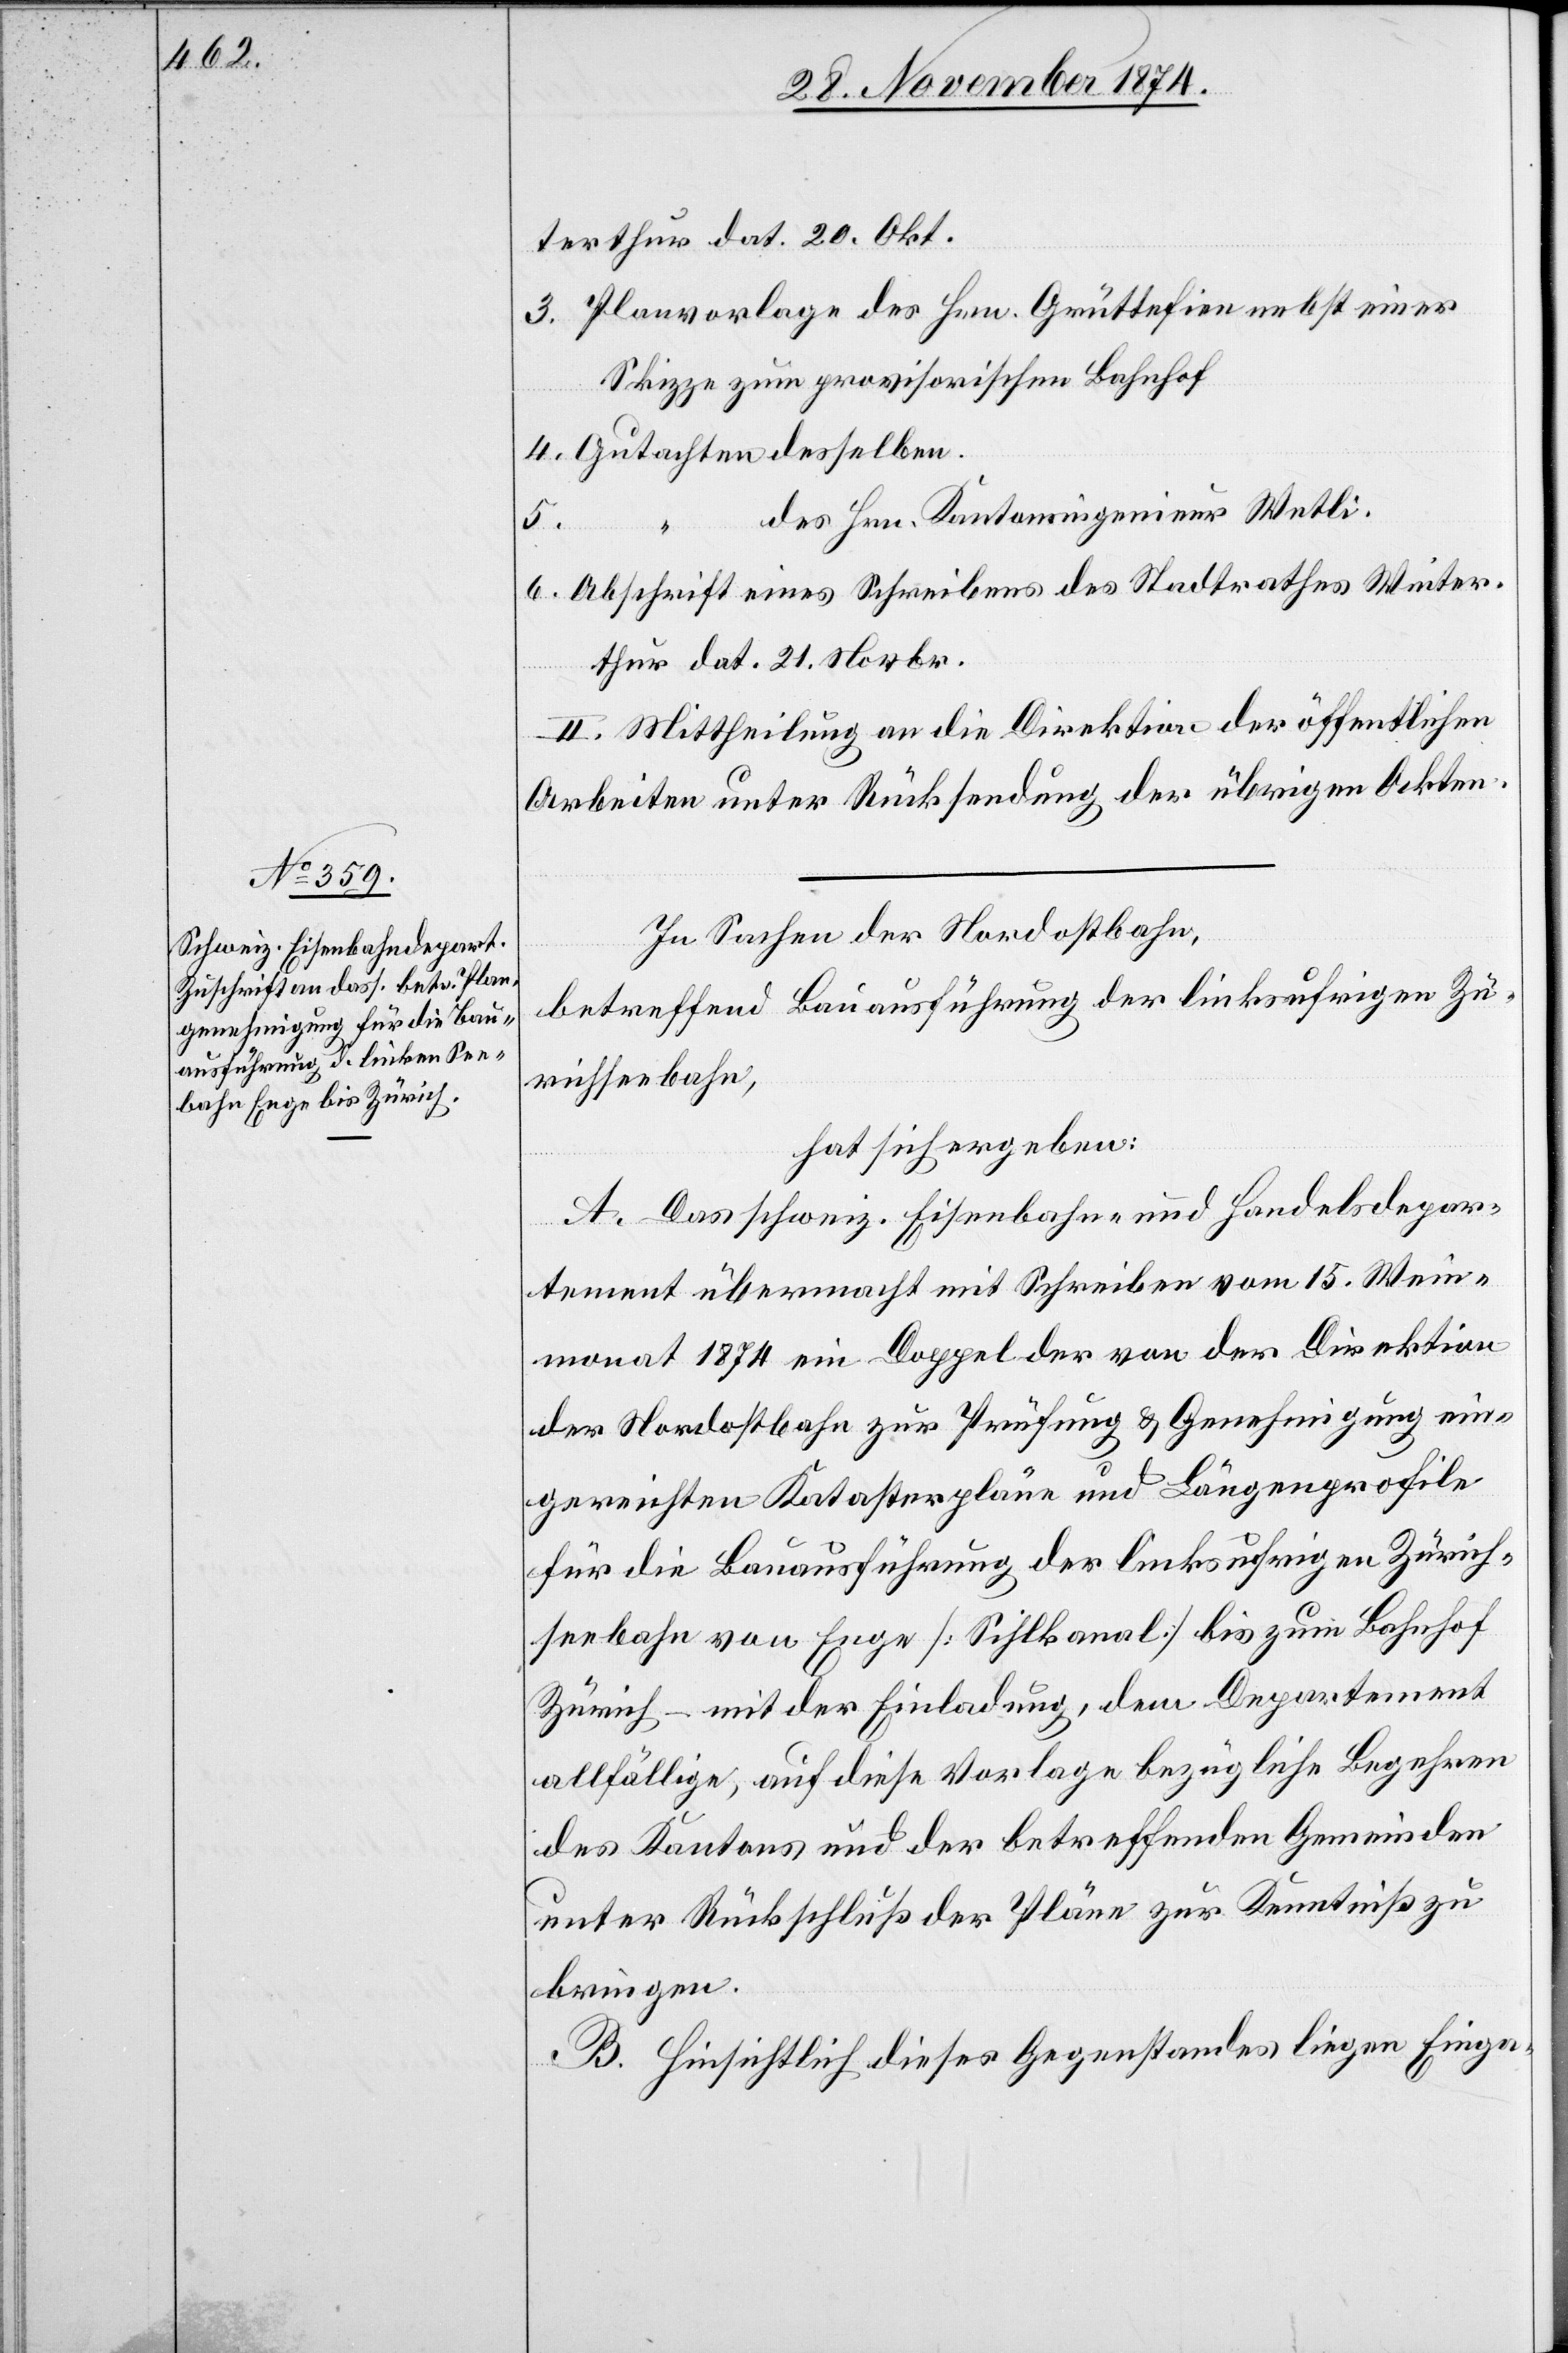
terthur dat. 20. Okt.
3. Planvorlage des Hrn. Grüttefien nebst einer
Skizze zum provisorischen Bahnhof
4. Gutachten desselben.
des Hrn. Kantonsingenieur Wetli.
5.
6. Abschrift eines Schreibens des Stadtrathes Winter¬
thur dat. 21. Novbr.
II. Mittheilung an die Direktion der öffentlichen
Arbeiten unter Rücksendung der übrigen Akten.
In Sachen der Nordostbahn,
betreffend Bauausführung der linksufrigen Zü¬
richseebahn,
hat sich ergeben:
A. Das schweiz. Eisenbahn- und Handelsdepar¬
tement übermacht mit Schreiben vom 15. Wein¬
monat 1874 ein Doppel der von der Direktion
der Nordostbahn zur Prüfung & Genehmigung ein¬
gereichten Katasterpläne und Längenprofile
für die Bauausführung der linksufrigen Zürich¬
seebahn von Enge [Sihlkanal] bis zum Bahnhof
Zürich – mit der Einladung, dem Departement
allfällige, auf diese Vorlage bezügliche Begehren
des Kantons und der betreffenden Gemeinden
unter Rückschluß der Pläne zur Kenntniß zu
bringen.
B. Hinsichtlich dieses Gegenstandes liegen Einga-